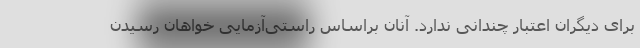
برای دیگران اعتبار چندانی ندارد. آنان براساس راستی‌آزمایی خواهان رسیدن